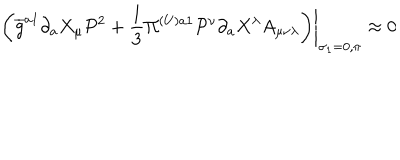
\left. \left( \overline { { { g } } } ^ { a 1 } \partial _ { a } X _ { \mu } \mathcal { P } ^ { 2 } + \frac { 1 } { 3 } \Pi ^ { ( U ) a 1 } \mathcal { P } ^ { \nu } \partial _ { a } X ^ { \lambda } A _ { \mu \nu \lambda } \right) \right| _ { \sigma _ { 1 } = 0 , \pi } \approx 0